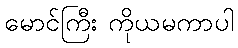
မောင်ကြီး ကိုယမကာပါ